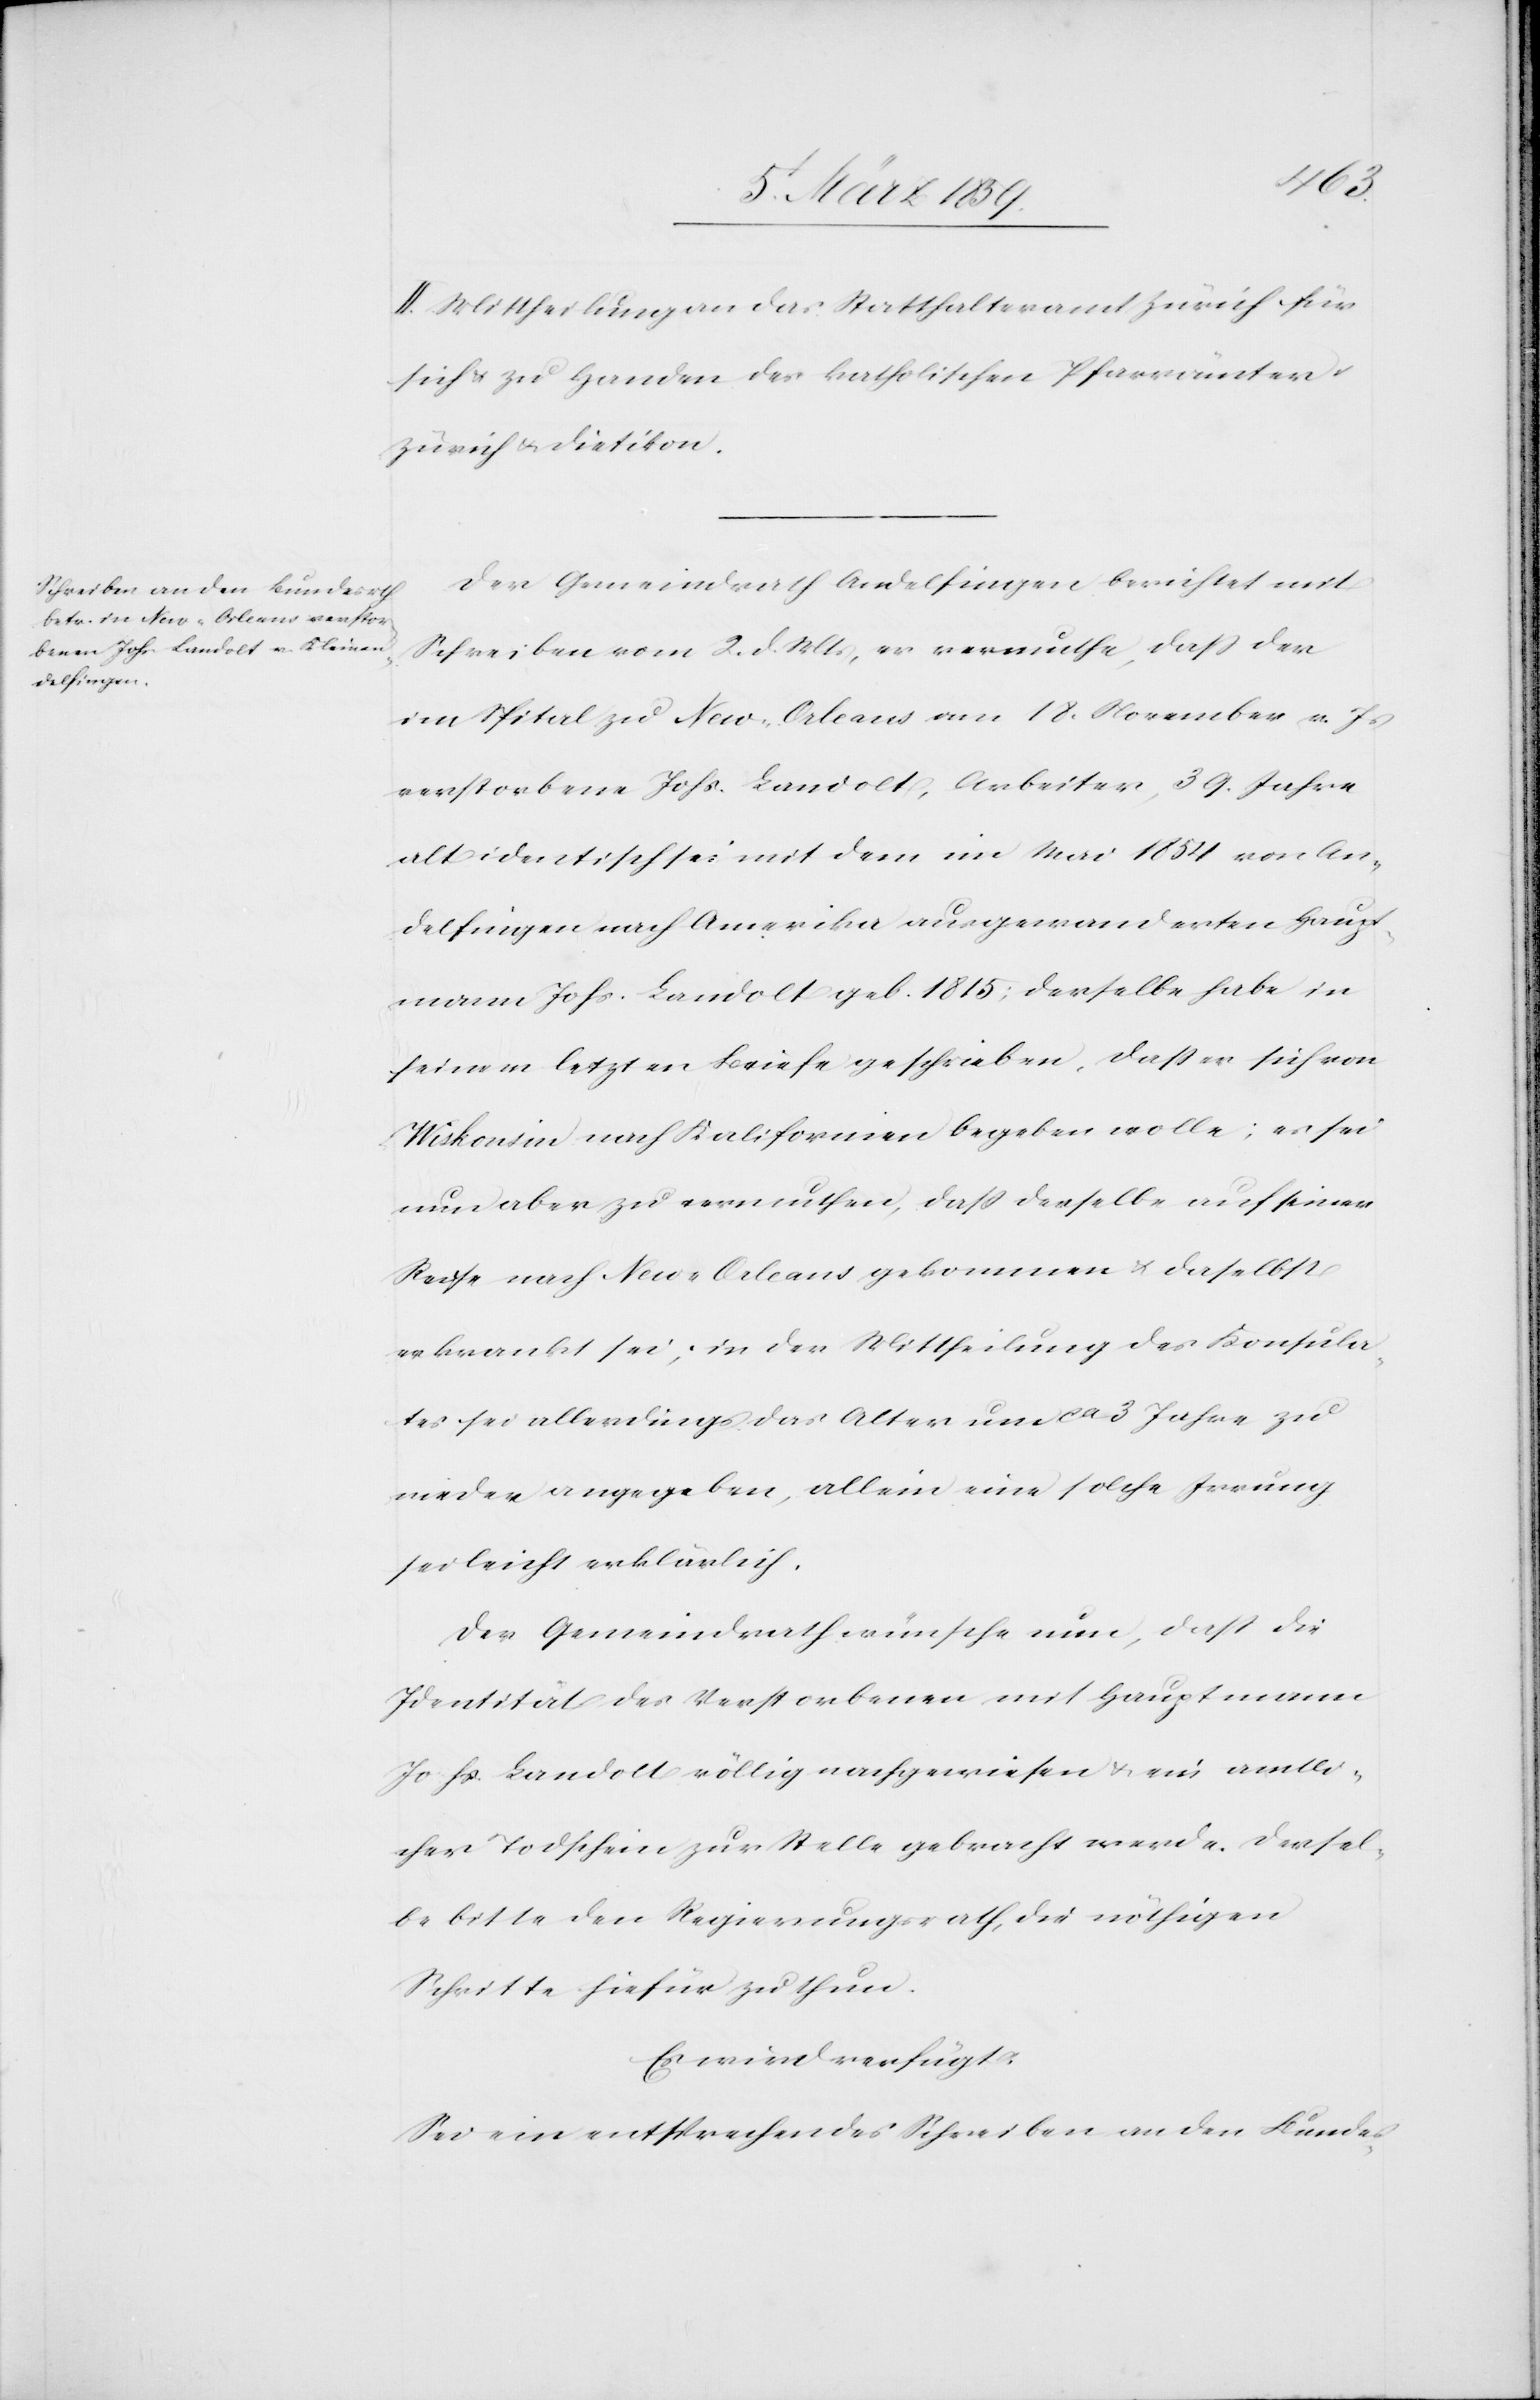
II. Mittheilung an das Statthalteramt Zürich für
sich u. zu Handen des [sic!] katholischen Pfarrämter
Zürich u. Dietikon.
Der Gemeindrath Andelfingen berichtet mit
Schreiben vom 2. d. Mts, er vermuthe, daß der
im Spital zu New-Orleans am 18. November v. Js
verstorbene Johs. Landolt, Arbeiter, 39. Jahre
alt identisch sei mit dem im Mai 1854 von An¬
delfingen nach Amerika ausgewanderten Haupt¬
mann Johs. Landolt geb. 1815; derselbe habe in
seinem letzten Briefe geschrieben, daß er sich von
Wiskonsin nach Kalifornien begeben wolle; es sei
nun aber zu vermuthen, daß derselbe auf seiner
Reise nach New-Orleans gekommen & daselbst
erkrankt sei; in der Mittheilung des Konsula¬
tes sei allerdings das Alter um ca 3 Jahre zu
nieder angegeben, allein eine solche Irrung
sei leicht erklärlich.
Der Gemeindrath wünsche nun, daß die
Identität des Verstorbenen mit Hauptmann
Johs. Landolt völlig nachgewiesen & ein amtli¬
cher Todschein zur Stelle gebracht werde. Dersel¬
be bitte den Regierungsrath, die nöthigen
Schritte hiefür zu thun.
Es wird verfügt:
Sei ein entsprechendes Schreiben an den Bundes-